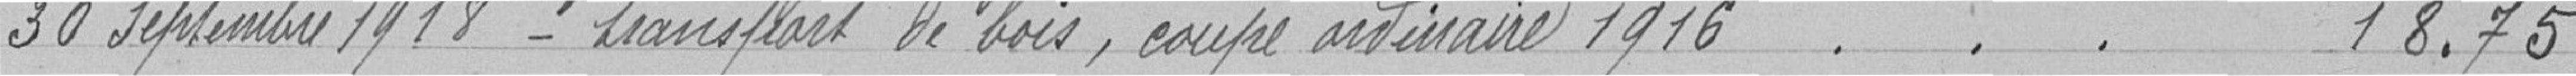
30 septembre 1918 - transport de bois, coupe ordinaire 1916 18,75